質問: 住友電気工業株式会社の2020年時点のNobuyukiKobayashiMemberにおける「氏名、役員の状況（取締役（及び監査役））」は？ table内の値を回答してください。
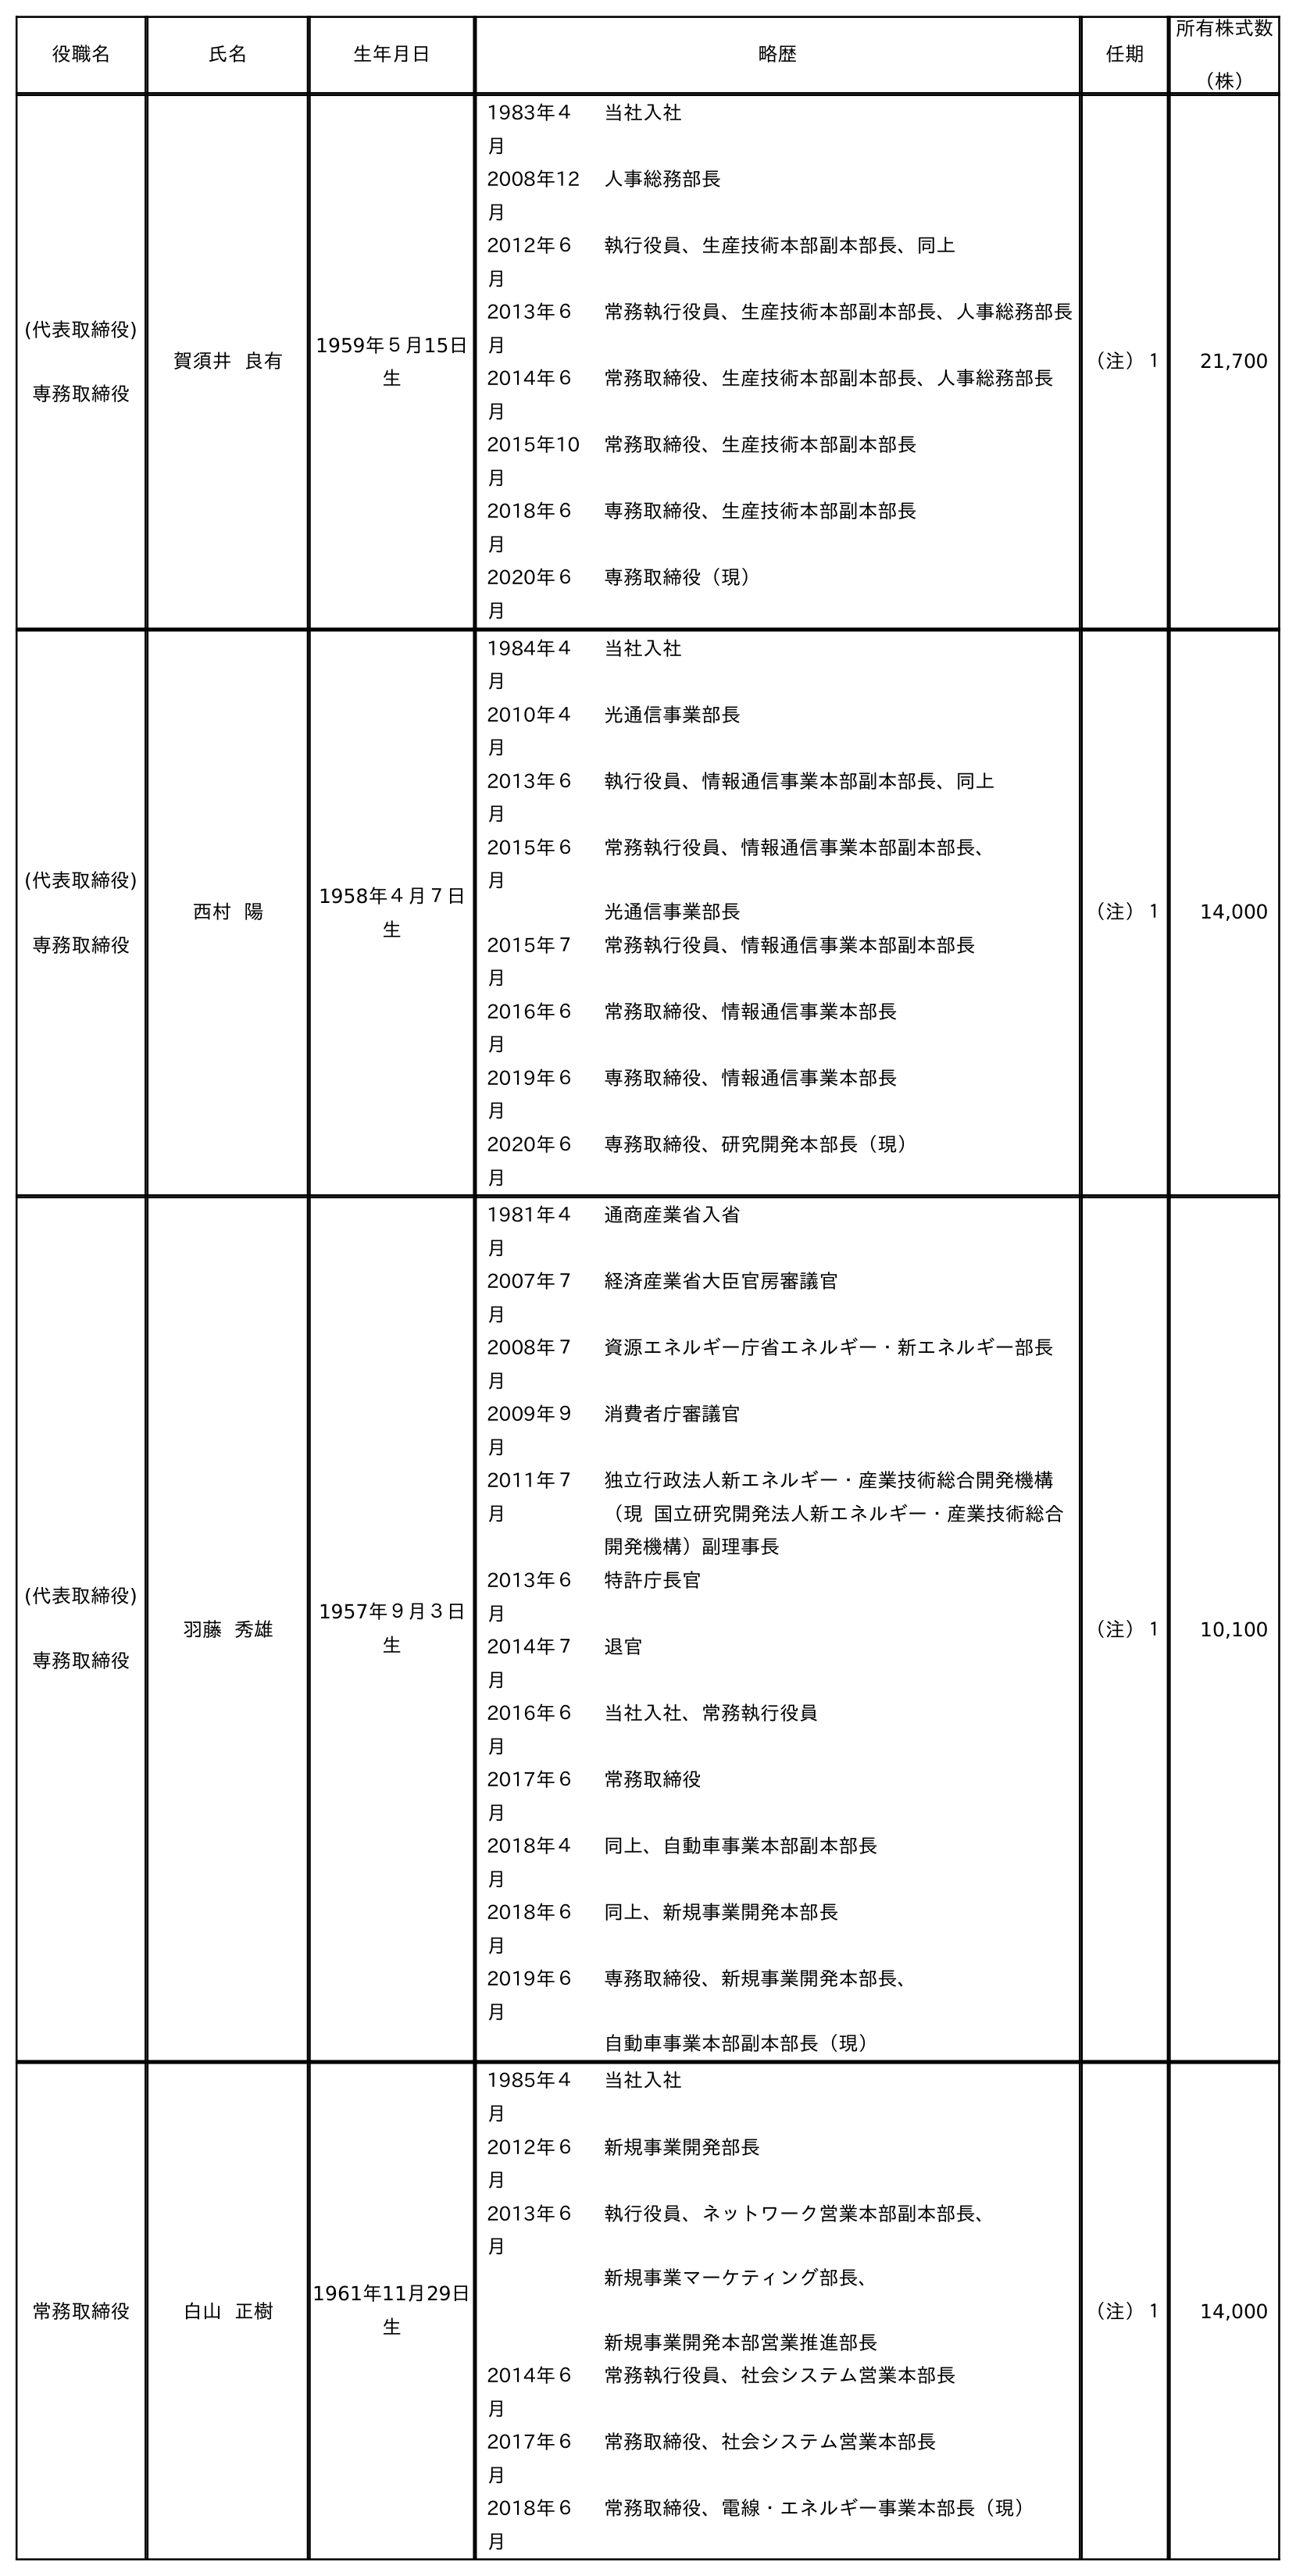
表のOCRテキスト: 役職名 氏名 生年月日 略歴 任期 所有株式数 （株） (代表取締役) 専務取締役 賀須井 良有 1959年５月15日 生 1983年４ 月 当社入社 2008年12 月 人事総務部長 2012年６ 月 執行役員、生産技術本部副本部長、同上 2013年６ 月 常務執行役員、生産技術本部副本部長、人事総務部長 2014年６ 月 常務取締役、生産技術本部副本部長、人事総務部長 2015年10 月 常務取締役、生産技術本部副本部長 2018年６ 月 専務取締役、生産技術本部副本部長 2020年６ 月 専務取締役（現） （注）１ 21,700 (代表取締役) 専務取締役 西村 陽 1958年４月７日 生 1984年４ 月 当社入社 2010年４ 月 光通信事業部長 2013年６ 月 執行役員、情報通信事業本部副本部長、同上 2015年６ 月 常務執行役員、情報通信事業本部副本部長、 光通信事業部長 2015年７ 月 常務執行役員、情報通信事業本部副本部長 2016年６ 月 常務取締役、情報通信事業本部長 2019年６ 月 専務取締役、情報通信事業本部長 2020年６ 月 専務取締役、研究開発本部長（現） （注）１ 14,000 (代表取締役) 専務取締役 羽藤 秀雄 1957年９月３日 生 1981年４ 月 通商産業省入省 2007年７ 月 経済産業省大臣官房審議官 2008年７ 月 資源エネルギー庁省エネルギー・新エネルギー部長 2009年９ 月 消費者庁審議官 2011年７ 月 独立行政法人新エネルギー・産業技術総合開発機構 （現 国立研究開発法人新エネルギー・産業技術総合 開発機構）副理事長 2013年６ 月 特許庁長官 2014年７ 月 退官 2016年６ 月 当社入社、常務執行役員 2017年６ 月 常務取締役 2018年４ 月 同上、自動車事業本部副本部長 2018年６ 月 同上、新規事業開発本部長 2019年６ 月 専務取締役、新規事業開発本部長、 自動車事業本部副本部長（現） （注）１ 10,100 常務取締役 白山 正樹 1961年11月29日 生 1985年４ 月 当社入社 2012年６ 月 新規事業開発部長 2013年６ 月 執行役員、ネットワーク営業本部副本部長、 新規事業マーケティング部長、 新規事業開発本部営業推進部長 2014年６ 月 常務執行役員、社会システム営業本部長 2017年６ 月 常務取締役、社会システム営業本部長 2018年６ 月 常務取締役、電線・エネルギー事業本部長（現） （注）１ 14,000
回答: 小林　伸行